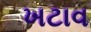
ખટાવ